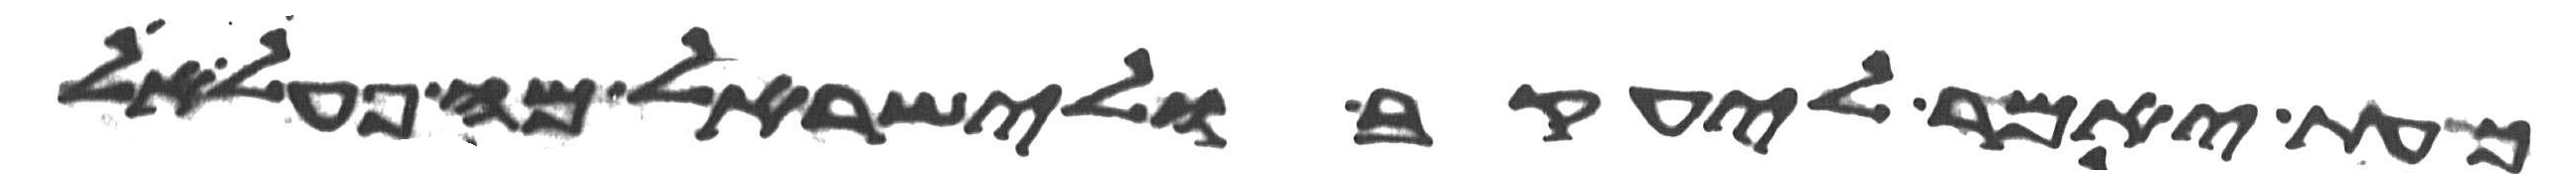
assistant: כעת יאמר ליעקב ולישראל מה פעל אל